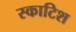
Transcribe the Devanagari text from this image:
स्‍काटिश